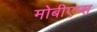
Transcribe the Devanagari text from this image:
मोबीएप्स